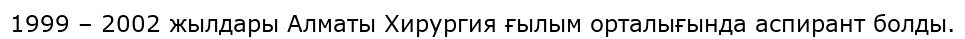
1999 – 2002 жылдары Алматы Хирургия ғылым орталығында аспирант болды.